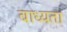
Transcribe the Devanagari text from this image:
बाध्‍यता